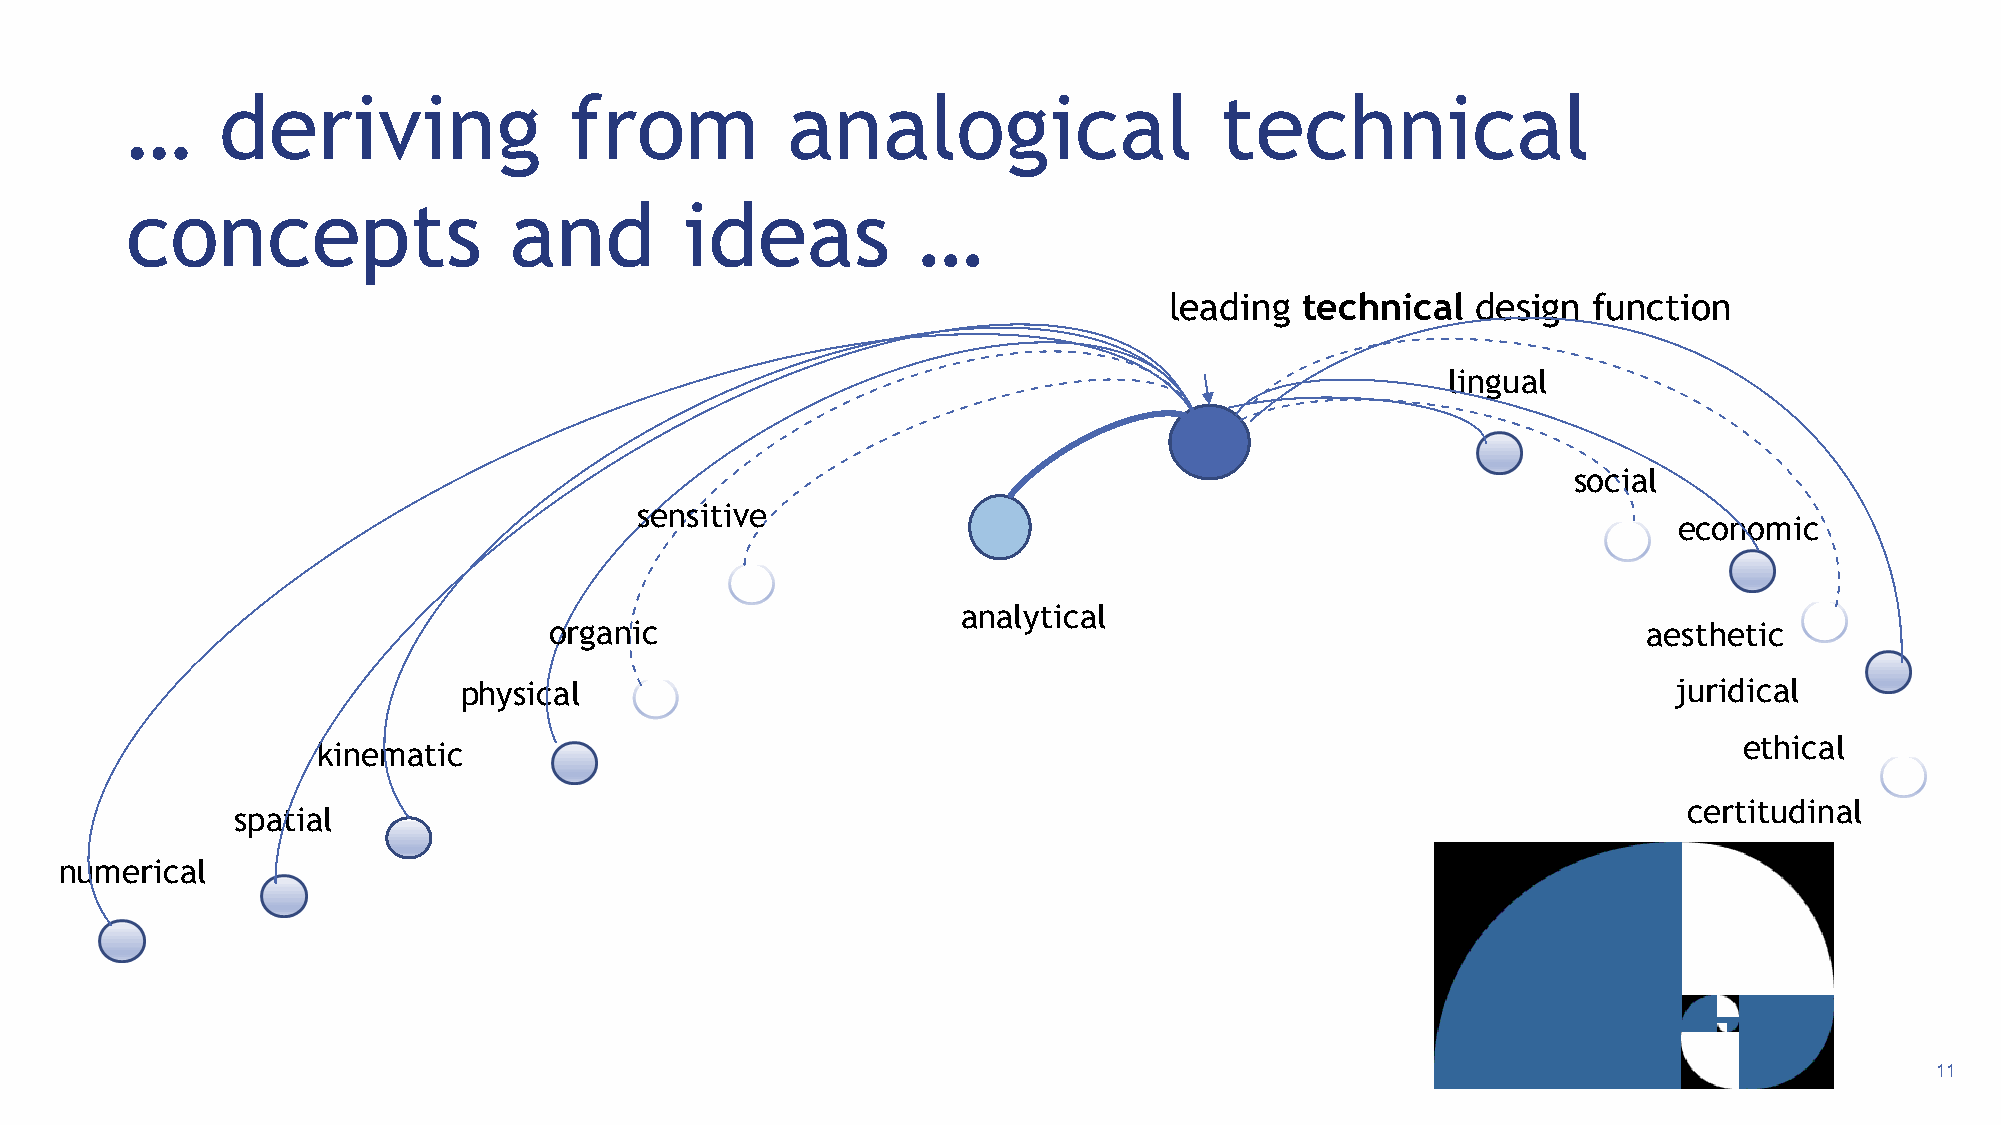
…      deriving               from          analogical                   technical
 concepts                  and        ideas           …
 leading  technical   design function
 lingual
 social
 sensitive
 economic
 analytical
 organic                                                                  aesthetic
 physical                                                                         juridical
 ethical
 kinematic
 certitudinal
 spatial
 numerical
 11